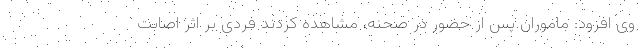
وی افزود: ‌ماموران پس از حضور در صحنه، مشاهده کردند فردی بر اثر اصابت